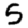
Digit: 5